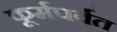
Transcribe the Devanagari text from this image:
कूर्मपर्वत